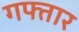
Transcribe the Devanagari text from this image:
गफ्तार